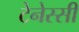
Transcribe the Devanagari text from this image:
टेनेस्सी